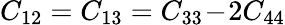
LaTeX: C_{12}=C_{13}=C_{33}\! -\! 2C_{44}